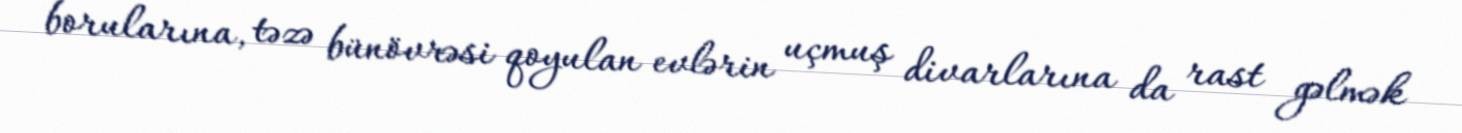
borularına, təzə bünövrəsi qoyulan evlərin uçmuş divarlarına da rast gəlmək